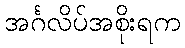
အင်္ဂလိပ်အစိုးရက